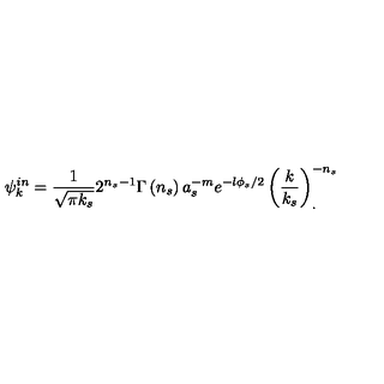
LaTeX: \psi _ { k } ^ { i n } = \frac { 1 } { \sqrt { \pi k _ { s } } } 2 ^ { n _ { s } - 1 } \Gamma \left( n _ { s } \right) a _ { s } ^ { - m } e ^ { - l \phi _ { s } / 2 } \left( \frac k { k _ { s } } \right) _ { . } ^ { - n _ { s } }